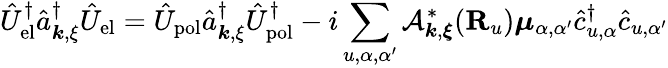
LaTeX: \hat{U}_{\mathrm{el}}^{\dagger}\hat{a}_{{\boldsymbol k},{\mathbf\xi}}^{\dagger}\hat{U}_{\mathrm{el}}=\hat{U}_{\mathrm{pol}}\hat{a}_{{\boldsymbol k},{\mathbf\xi}}^{\dagger}\hat{U}_{\mathrm{pol}}^{\dagger}-i\sum_{u,\alpha,\alpha^{\prime}}\mathcal{A}_{{\boldsymbol k},{\boldsymbol\xi}}^{*}({\mathbf R}_{u}){\boldsymbol\mu}_{\alpha,\alpha^{\prime}}\hat{c}_{u,\alpha}^{\dagger}\hat{c}_{u,\alpha^{\prime}}